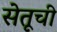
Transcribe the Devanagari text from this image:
सेतूची